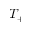
T _ { + }